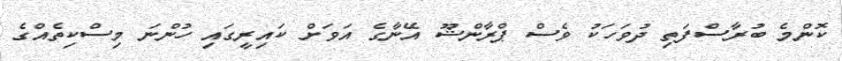
ކޮންމެ ބުރާސްފަތި ދުވަހަކު ވެސް ޕްރާންޝޫ އޭނާގެ އަވަށް ކައިރީގައި ހުންނަ މިސްކިތެއްގެ